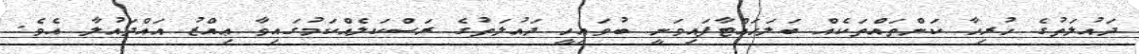
ދައުލަތުގެ ހުރިހާ ކަންތައްތަކެއް ބަލަހައްޓާފައިވަނީ ބުވައިހީ ދައުލަތުގެ ރަސްކަލެއްކަމުގައިވާ ޢިއްޒު އައްދައުލާ އެވެ.